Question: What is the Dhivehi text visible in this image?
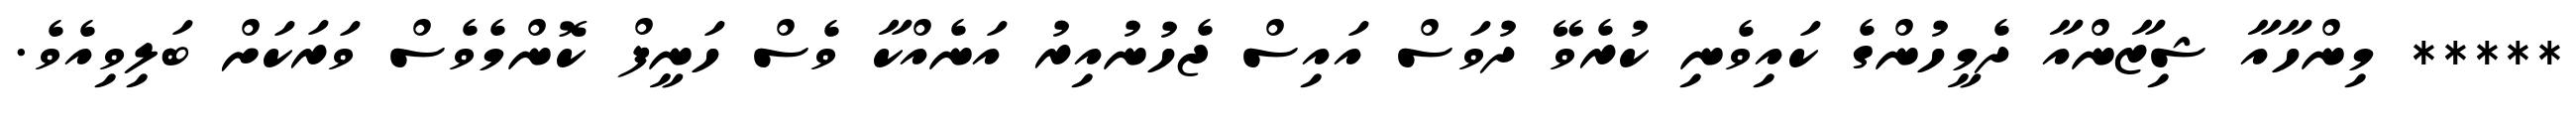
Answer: ***** މިންހާއާ ޝިޒާންއާ ދެމީހުންގެ ކައިވެނި ކުރެވޭ ދުވަސް އައިސް ޖެހުނުއިރު އަނެއްކާ ވެސް ހަނީފް ކޮންމެވެސް ވަރަކަށް ބަލިވިއެވެ.